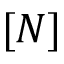
[ N ]